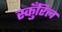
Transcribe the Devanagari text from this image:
स्कुँरिल